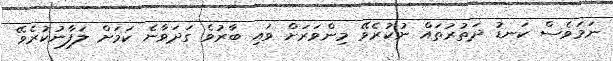
ނަމަވެސް ކަނޑު ދަތުރުތައް ނުކުރެވޭ މިންވަރަށް ވައި ބާރުވެ ގަދަވާނެ ކަމަށް ލަފާނުކުރެވޭ